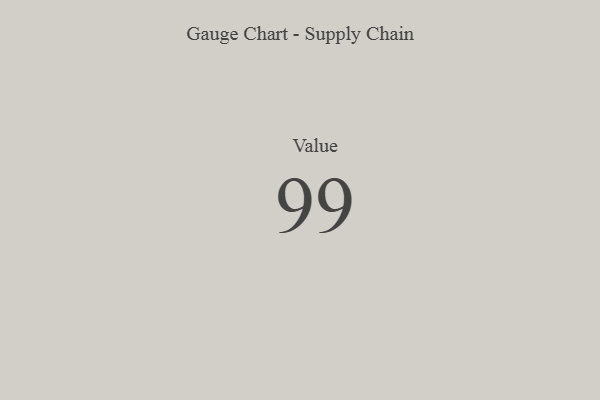
{"axis": {"x": "Metric", "y": "Value"}, "legend": [""], "data": [{"x": "Value", "y": 99, "type": ""}]}